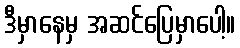
ဒီမှာနေမှ အဆင်ပြေမှာပေါ့။